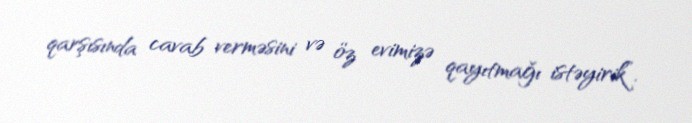
qarşısında cavab verməsini və öz evimizə qayıtmağı istəyirik”.